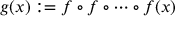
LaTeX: g ( x ) : = f \circ f \circ \cdots \circ f ( x )